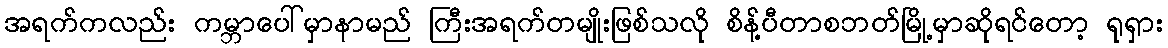
အရက်ကလည်း ကမ္ဘာပေါ်မှာနာမည် ကြီးအရက်တမျိုးဖြစ်သလို စိန့်ပီတာစဘတ်မြို့မှာဆိုရင်တော့ ရုရှား